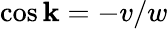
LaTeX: \cos{\mathbf{k}}=-v/w